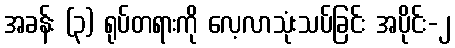
အခန်း (၃) ရုပ်တရားကို လေ့လာသုံးသပ်ခြင်း အပိုင်း-၂